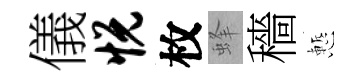
儀悦枚蜂穡慙